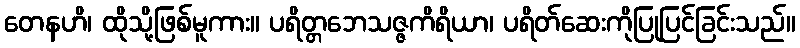
တေနဟိ၊ ထိုသို့ဖြစ်မူကား။ ပရိတ္တဘေသဇ္ဇကိရိယာ၊ ပရိတ်ဆေးကိုပြုပြင်ခြင်းသည်။